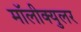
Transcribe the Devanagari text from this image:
मॉलीक्युलर